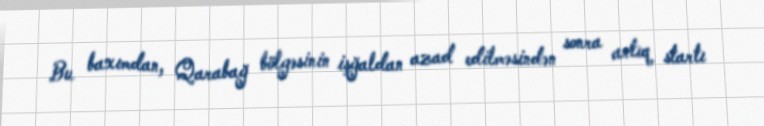
Bu baxımdan, Qarabağ bölgəsinin işğaldan azad edilməsindən sonra artıq startı